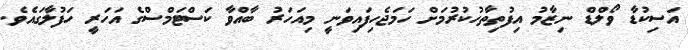
އަސިކުޑާ ވޯލްޑް ނިޒާމު އިފުތިތާހުކުރުމަށް ހަމަޖެހިފައިވަނީ މިއަހަރު ބާއްވާ ކަސްޓަމްސްގެ އަހަރީ ހަފުލާގައެވެ.